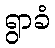
ရွာခံ